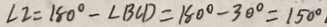
\angle 2 = 1 8 0 ^ { \circ } - \angle B C D = 1 8 0 ^ { \circ } - 3 0 ^ { \circ } = 1 5 0 ^ { \circ }